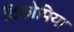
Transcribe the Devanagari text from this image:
टिकोपिया